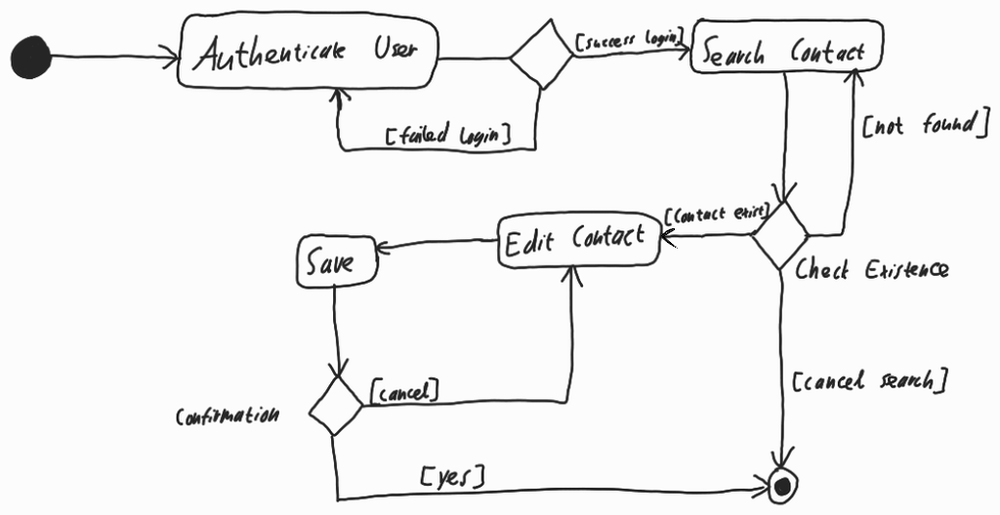
Diagram type: activity_diagram
```plantuml
@startuml

start

repeat:Authenticate User;
repeat while () is ([failed login]) not ([success login])

repeat:Search Contact;
repeat while () is ([not found])

if (Check Existence) then ([Contact exist])
  repeat :Edit Contact;
    :Save;
  repeat while (Confirmation) is ([cancel]) not ([yes])

else ([cancel search])
endif

stop

@enduml
```